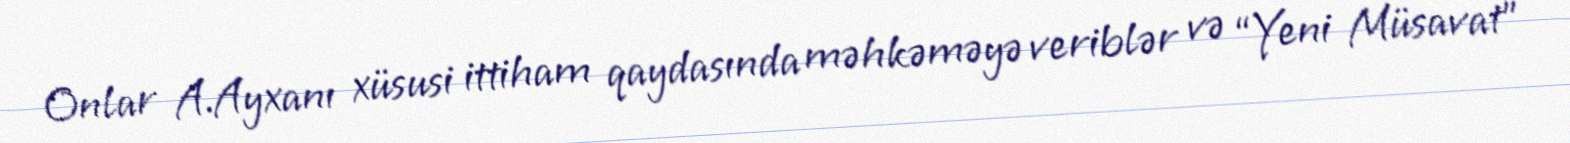
Onlar A.Ayxanı xüsusi ittiham qaydasında məhkəməyə veriblər və “Yeni Müsavat”